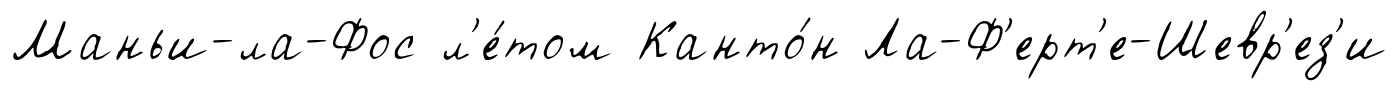
Маньи-ла-Фос л'е́том Канто́н Ла-Ф'ерт'е-Шевр'ез'и